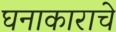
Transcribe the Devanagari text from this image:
घनाकाराचे